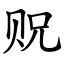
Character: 贶